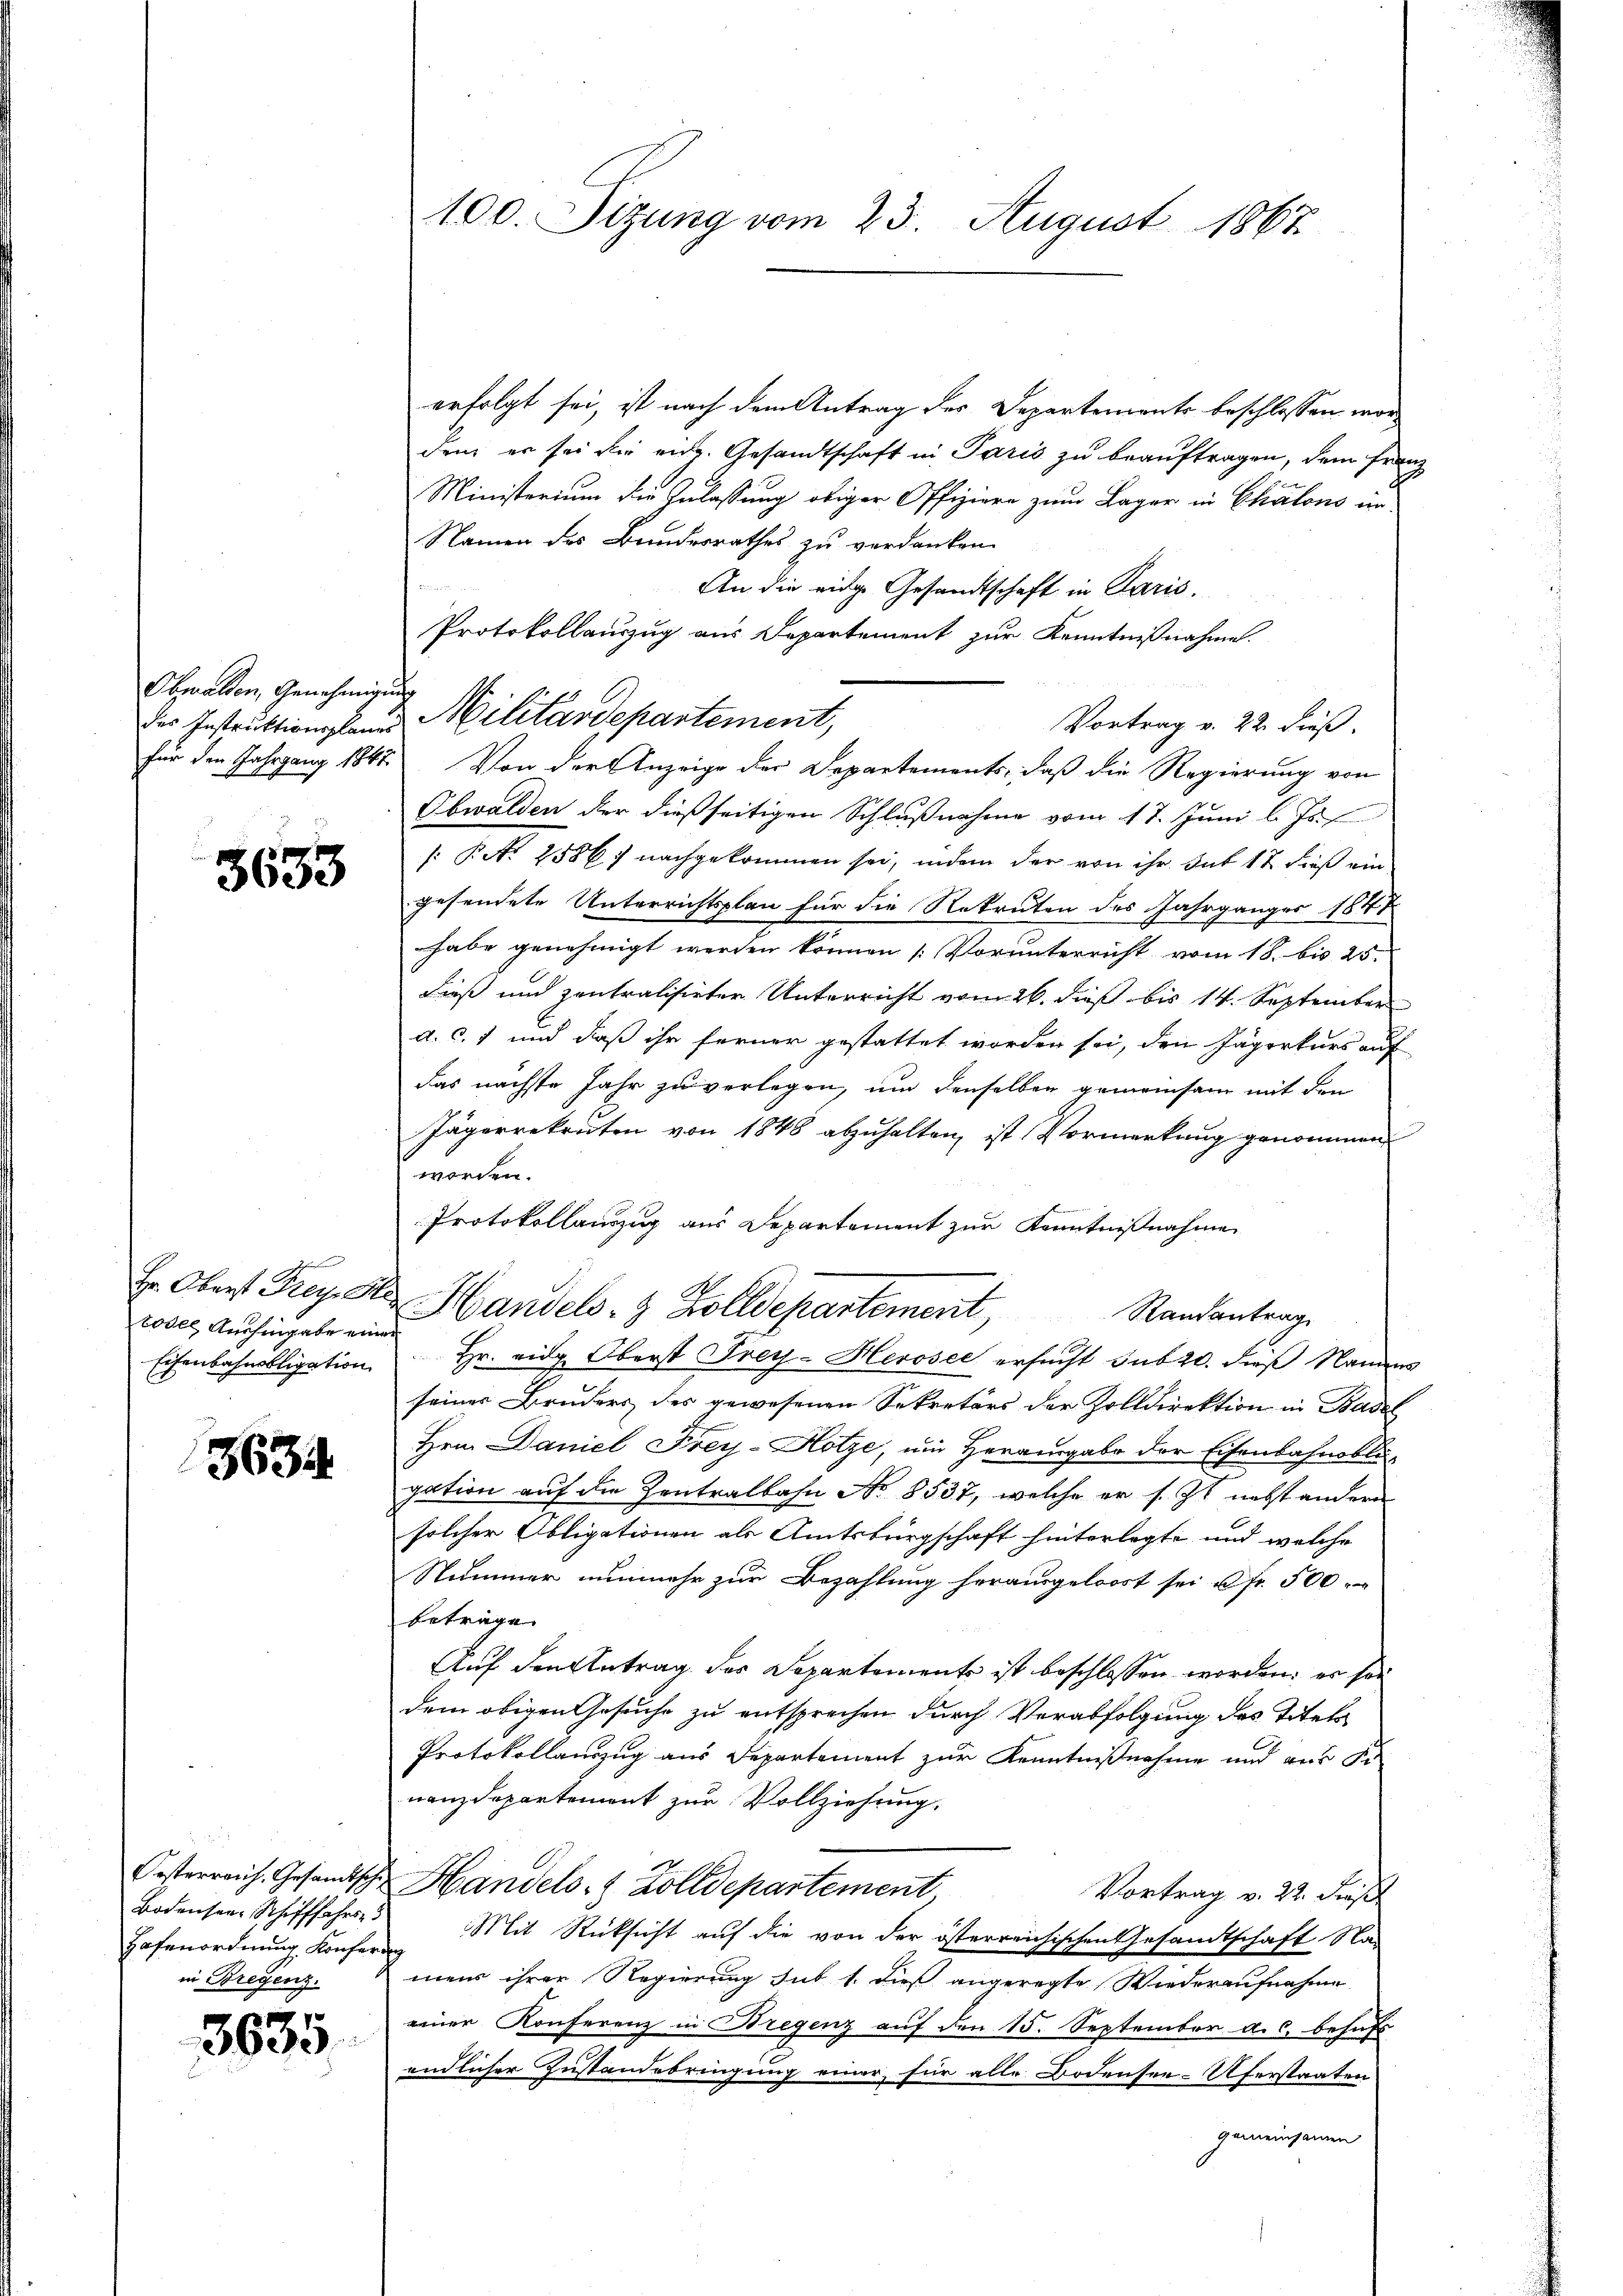
Obwalden, Genehmigung

3633

d
todel Aushingabe einen

3634.

Bodensee, Schifffahren.
Hafenordnung Konferding
in Bregenz

27
3605

erfolgt sei, ist nach dem Antrag der Departements beschlossen worden er sei die eng. Gesandtschaft in Paris zu beauftragen, dem Franz
Ministerium die Anlassung obiger Offiziere zum Lager in Chalons in
Namen des Bundesrathes zu verdanken.
e
An die eidge Gesandtschaft in Paris.
Protokollauszug aus Departement zur Kenntnißnahme.
des Instruktionsland Militärdepartement,
Vortrag v. 22 dieß.
für den Jahrgang 1841. Von der Anzeige der Departements, daß die Regierung von
Obwalden der dießseitigen Schlußnahme vom 17. Juni l. Js.
/: Pct. 2586) nachgekommen sei, indem der von ihr. sub 12 dieß ein
gesendete Unterrichtsplan für die Rekruten des Jahrganges 1848
habe genehmigt werden können Vorunterricht vom 18. bis 25.
dieß und zentralisirter Unterricht vom 26. dieß bis 14. September
d. c. 1 und daß ihr ferner gestattet worden sei, den Jägerkurs auf
das nächste Jahr zu verlegen, um denselben gemeinsam mit den
Jägerrekruten von 1848 abzuhalten, ist Vormerkung genommen
worden.
Protokollauszug aus Departement zur Kenntnißnahme
Hr. Oberst Frey St. Handels- & Zolldepartement,
Randantrag
Eisenbahnobligation Hr. eidg. Oberst Frey-Heroser ersucht sub 20. dieß Namens
seiner Bruders des gewesenen Sekretärs der Zolldirektion in Basel
Hrn. Daniel Frey-Hotze, ein Herausgabe der Eisenbahnobli-
gation auf die Zentralbahn No 8537, welche er s. Zt. nebst andern
solcher Obligationen als Amtsbürgschaft hinterlegte und welche
Nummer nunmehr zur Bezahlung herausgeloost sei fr. 500
betrage.
Auf den Antrag der Separtemente ist beschlossen worden; er sei
dem obigen Gesuche zu entsprechen durch Verabfolgung des Titels
Protokollauszug aus Departement zur Kenntnißnahme und aus Se
nanzdepartement zur Vollziehung.
Oesterreich. Gesandtsche Handels- & Zolldepartement
Vortrag v. 22. Fies
Mit Rücksicht auf die von der österreichischen Gesandtschaft Namens ihrer Regierung sub 1. dieß angeregte Wiederaufnahme
einer Konferenz in Bregenz auf den 15. September a. c. besass
endlicher Zustandebringung einer für alle Bodensee-Uferstaaten
gemeinsamen

100. Sizung vom 23. August 1867